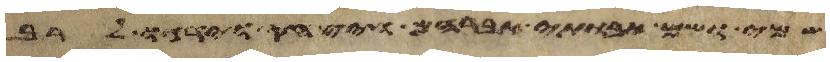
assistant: שמי ושם אבותי אברהם ויצחק וידגו לרב